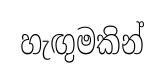
හැඟුමකින්